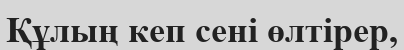
Құлың кеп сені өлтірер,